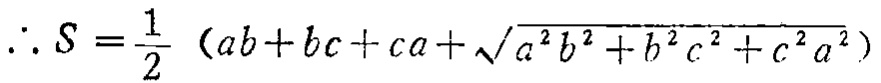
\(\therefore S = \frac{1}{2} \ (ab + bc + ca+\sqrt{a^{2}b^{2}+b^{2}c^{2}+c^{2}a^{2}})\)